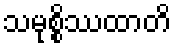
သမုစ္စိဿထာတိ